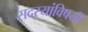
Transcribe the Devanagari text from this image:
सदस्यांविषयी